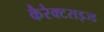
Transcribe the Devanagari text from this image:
कैरेक्टराइज्ड